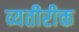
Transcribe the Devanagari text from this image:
व्यतीरीक्त